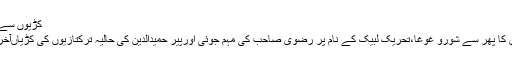
کڑیوں سے کڑیاں ملتی ہیں
سانحہ ماڈل ٹاؤن کا پھر سے شورو غوغا،تحریک لبیک کے نام پر رضوی صاحب کی مہم جوئی اورپیر حمیدالدین کی حالیہ ترکتازیوں کی کڑیاںآخر کہاں ملتی ہیں؟